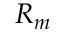
R _ { m }